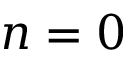
n = 0